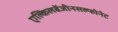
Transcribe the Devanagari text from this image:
एल्किलबेंजीनसल्फोनेट